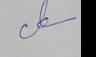
Signature authenticity: genuine